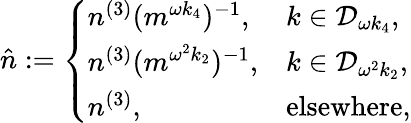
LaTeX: \begin{array}{r}{\hat{n}:=\left\{ \begin{array}{ll}{n^{(3)}(m^{\omega k_{4}})^{-1},}&{k\in\mathcal{D}_{\omega k_{4}},}\\ {n^{(3)}(m^{\omega^{2}k_{2}})^{-1},}&{k\in\mathcal{D}_{\omega^{2}k_{2}},}\\ {n^{(3)},}&{\mathrm{elsewhere},}\end{array}\right.}\end{array}